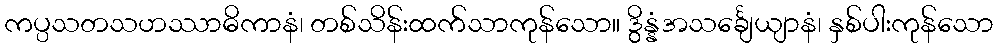
ကပ္ပသတသဟဿာဓိကာနံ၊ တစ်သိန်းထက်သာကုန်သော။ ဒွိန္နံအသင်္ချေယျာနံ၊ နှစ်ပါးကုန်သော